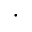
\cdot